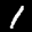
Label: 1